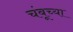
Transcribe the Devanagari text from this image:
चंबूच्या